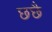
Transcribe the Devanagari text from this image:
छछै